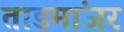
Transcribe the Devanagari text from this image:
ताडमांजर